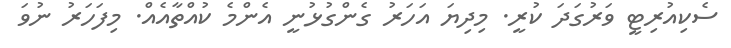
ސެކިއުރިޓީ ވަރުގަދަ ކުރީ. މިދިޔަ އަހަރު ގެންގުޅުނީ އެންމެ ކުއްތާއެއް. މިފަހަރު ނުވަ